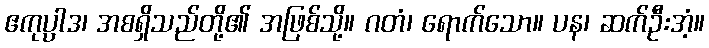
ဧကုပ္ပာဒ၊ အစရှိသည်တို့၏ အဖြစ်သို့။ ဂတံ၊ ရောက်သော။ ပန၊ ဆက်ဦးအံ့။